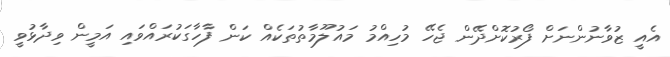
އެއީ ޒުވާނުންނަށް ފޯރުކޮށްދޭން ޖެހޭ މުހިއްމު މައުލޫމާތުތަކެއް ކަން ފާހާގަކުރައްވައި އަމީން ވިދާޅުވީ